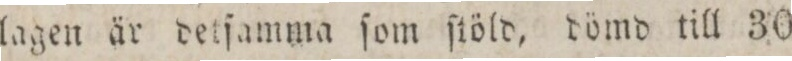
lagen är detſamma ſom ſtöld, dömd till 30